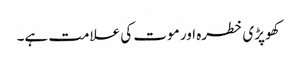
کھوپڑی خطرہ اور موت کی علامت ہے۔